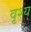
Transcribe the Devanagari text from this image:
वृश्य